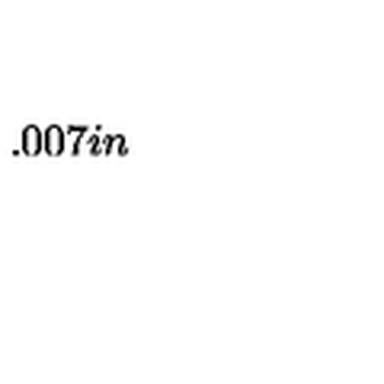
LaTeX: \setlength { \unitlength } { 0 . 0 0 7 i n }